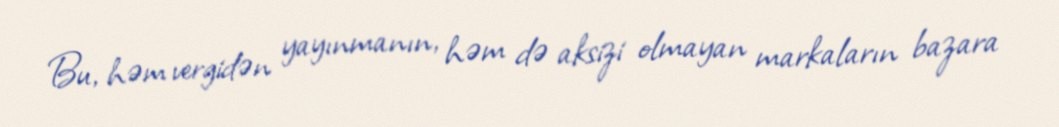
Bu, həm vergidən yayınmanın, həm də aksizi olmayan markaların bazara